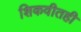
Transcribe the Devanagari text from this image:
शिकवीतही